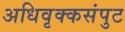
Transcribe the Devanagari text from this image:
अधिवृक्कसंपुट